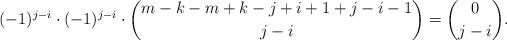
LaTeX: \begin{align*}(-1)^{j-i}\cdot (-1)^{j-i}\cdot \binom{m-k-m+k-j+i+1+j-i-1}{j-i} = \binom{0}{j-i}.\end{align*}